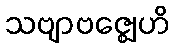
သဗျာဗဇ္ဈေဟိ